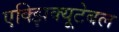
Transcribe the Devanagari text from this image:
एक्झिक्यूटेबल